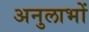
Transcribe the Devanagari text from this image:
अनुलाभों